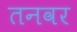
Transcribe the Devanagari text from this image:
तनवर